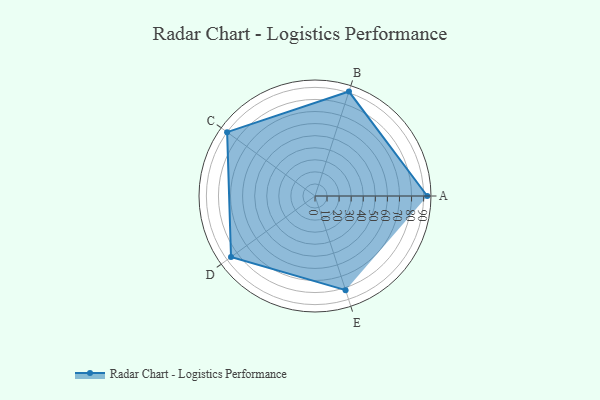
{"axis": {"x": "Skill", "y": "Score"}, "legend": ["Profile"], "data": [{"x": "A", "y": 93.0, "type": "Profile"}, {"x": "B", "y": 91.0, "type": "Profile"}, {"x": "C", "y": 90.0, "type": "Profile"}, {"x": "D", "y": 86.0, "type": "Profile"}, {"x": "E", "y": 82.0, "type": "Profile"}]}